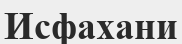
Исфахани